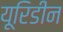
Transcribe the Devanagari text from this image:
यूरिडीन